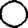
Digit: 0